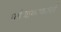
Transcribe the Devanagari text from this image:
धर्मजागरणकर्ता